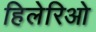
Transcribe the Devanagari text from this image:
हिलेरिओ